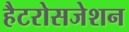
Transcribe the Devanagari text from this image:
हैटरोसजेशन